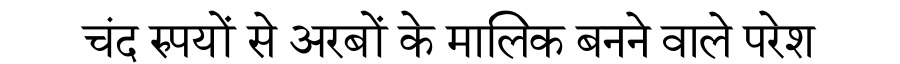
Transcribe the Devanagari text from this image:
चंद रुपयों से अरबों के मालिक बनने वाले परेश